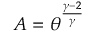
A = \theta ^ { \frac { \gamma - 2 } { \gamma } }